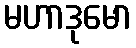
မဟာဒုမော